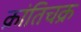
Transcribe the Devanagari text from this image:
क्रांतिचक्र